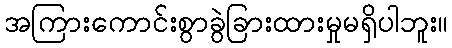
အကြားကောင်းစွာခွဲခြားထားမှုမရှိပါဘူး။